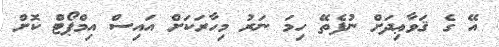
އޭ ގެ ޤަވާޢިދަށް ނުފެތޭ ހިމަ ނަރު މިހާރަކަށް އައިސް އިމްޕޯޓް ކޮށް